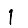
Digit: 1